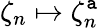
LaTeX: \zeta_{n}\mapsto\zeta_{n}^{\mathtt{a}}